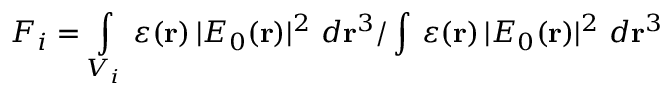
F _ { i } = \intop _ { V _ { i } } \, \varepsilon ( \mathbf { r } ) \, | E _ { 0 } ( \mathbf { r } ) | ^ { 2 } \ d \mathbf { r } ^ { 3 } / \intop \, \varepsilon ( \mathbf { r } ) \, | E _ { 0 } ( \mathbf { r } ) | ^ { 2 } \ d \mathbf { r } ^ { 3 }